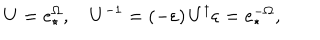
U = e _ { \star } ^ { \Omega } , \quad U ^ { - 1 } = \left( - \varepsilon \right) U ^ { \dagger } \varepsilon = e _ { \star } ^ { - \Omega } ,